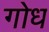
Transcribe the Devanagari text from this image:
गोध